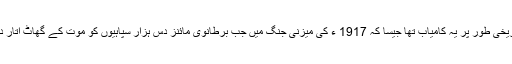
تاریخی طور پر یہ کامیاب تھا جیسا کہ 1917 ء کی میزنی جنگ میں جب برطانوی مائنز دس ہزار سپاہیوں کو موت کے گھاٹ اتار دیا۔